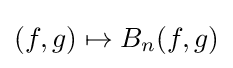
(f,g)\mapsto B_{n}(f,g)